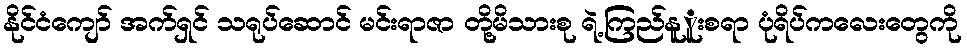
နိုင်ငံကျော် အက်ရှင် သရုပ်ဆောင် မင်းရာဇာ တို့မိသားစု ရဲ့ကြည်နူူးစရာ ပုံရိပ်ကလေးတွေကို